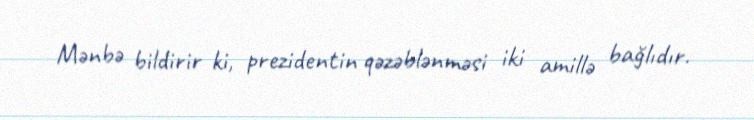
Mənbə bildirir ki, prezidentin qəzəblənməsi iki amillə bağlıdır.